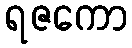
ရဇကော